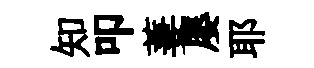
知叩萋屡耶